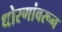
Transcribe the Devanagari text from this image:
धोरणांवरून